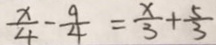
\frac { x } { 4 } - \frac { 9 } { 4 } = \frac { x } { 3 } + \frac { 5 } { 3 }